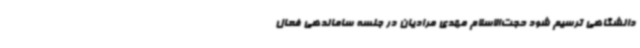
دانشگاهی ترسیم شود حجت‌الاسلام مهدی مرادیان در جلسه ساماندهی فعال